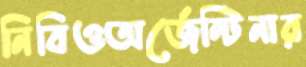
নিবিওঅর্জেন্টিনার